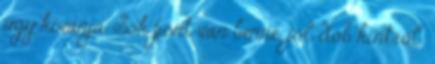
úgy kívánja. Sok pont van benne, jól dob kintről.